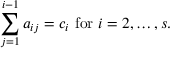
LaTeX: \sum _ { j = 1 } ^ { i - 1 } a _ { i j } = c _ { i } { \mathrm { ~ f o r ~ } } i = 2 , \ldots , s .